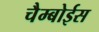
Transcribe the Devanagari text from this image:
चैम्बोईस